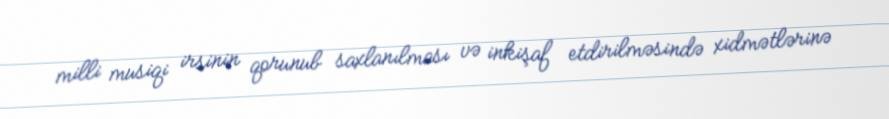
milli musiqi irsinin qorunub saxlanılması və inkişaf etdirilməsində xidmətlərinə